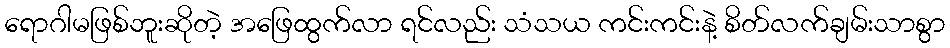
ရောဂါမဖြစ်ဘူးဆိုတဲ့ အဖြေထွက်လာ ရင်လည်း သံသယ ကင်းကင်းနဲ့ စိတ်လက်ချမ်းသာစွာ